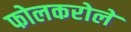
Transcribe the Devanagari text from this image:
फोलकरोले